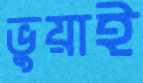
ভুয়াই